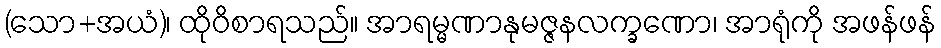
(သော+အယံ)၊ ထိုဝိစာရသည်။ အာရမ္မဏာနုမဇ္ဇနလက္ခဏော၊ အာရုံကို အဖန်ဖန်